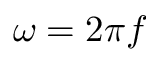
\omega = 2 \pi f